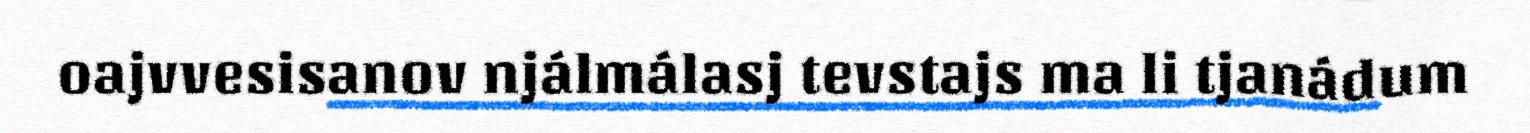
oajvvesisanov njálmálasj tevstajs ma li tjanádum